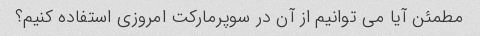
مطمئن آیا می توانیم از آن در سوپرمارکت امروزی استفاده کنیم؟